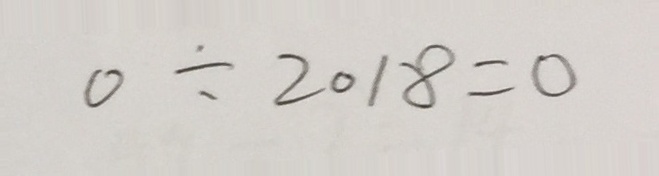
0 \div 2 0 1 8 = 0